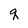
Character: q